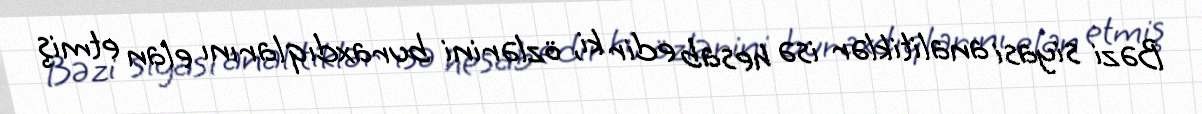
Bəzi siyasi analitiklər isə hesab edir ki, özlərini buraxdıqlarını elan etmiş